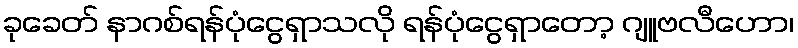
ခုခေတ် နာဂစ်ရန်ပုံငွေရှာသလို ရန်ပုံငွေရှာတော့ ဂျူဗလီဟော၊